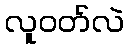
လူဝတ်လဲ